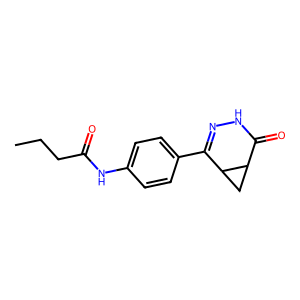
SMILES: CCCC(=O)Nc1ccc(C2=NNC(=O)C3CC23)cc1
Inhibits HIV replication: No